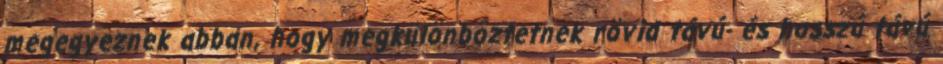
megegyeznek abban, hogy megkülönböztetnek rövid távú- és hosszú távú